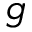
g